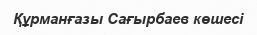
Құрманғазы Сағырбаев көшесі